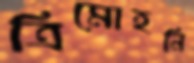
ত্রিমোহনি